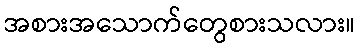
အစားအသောက်တွေစားသလား။